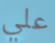
علي